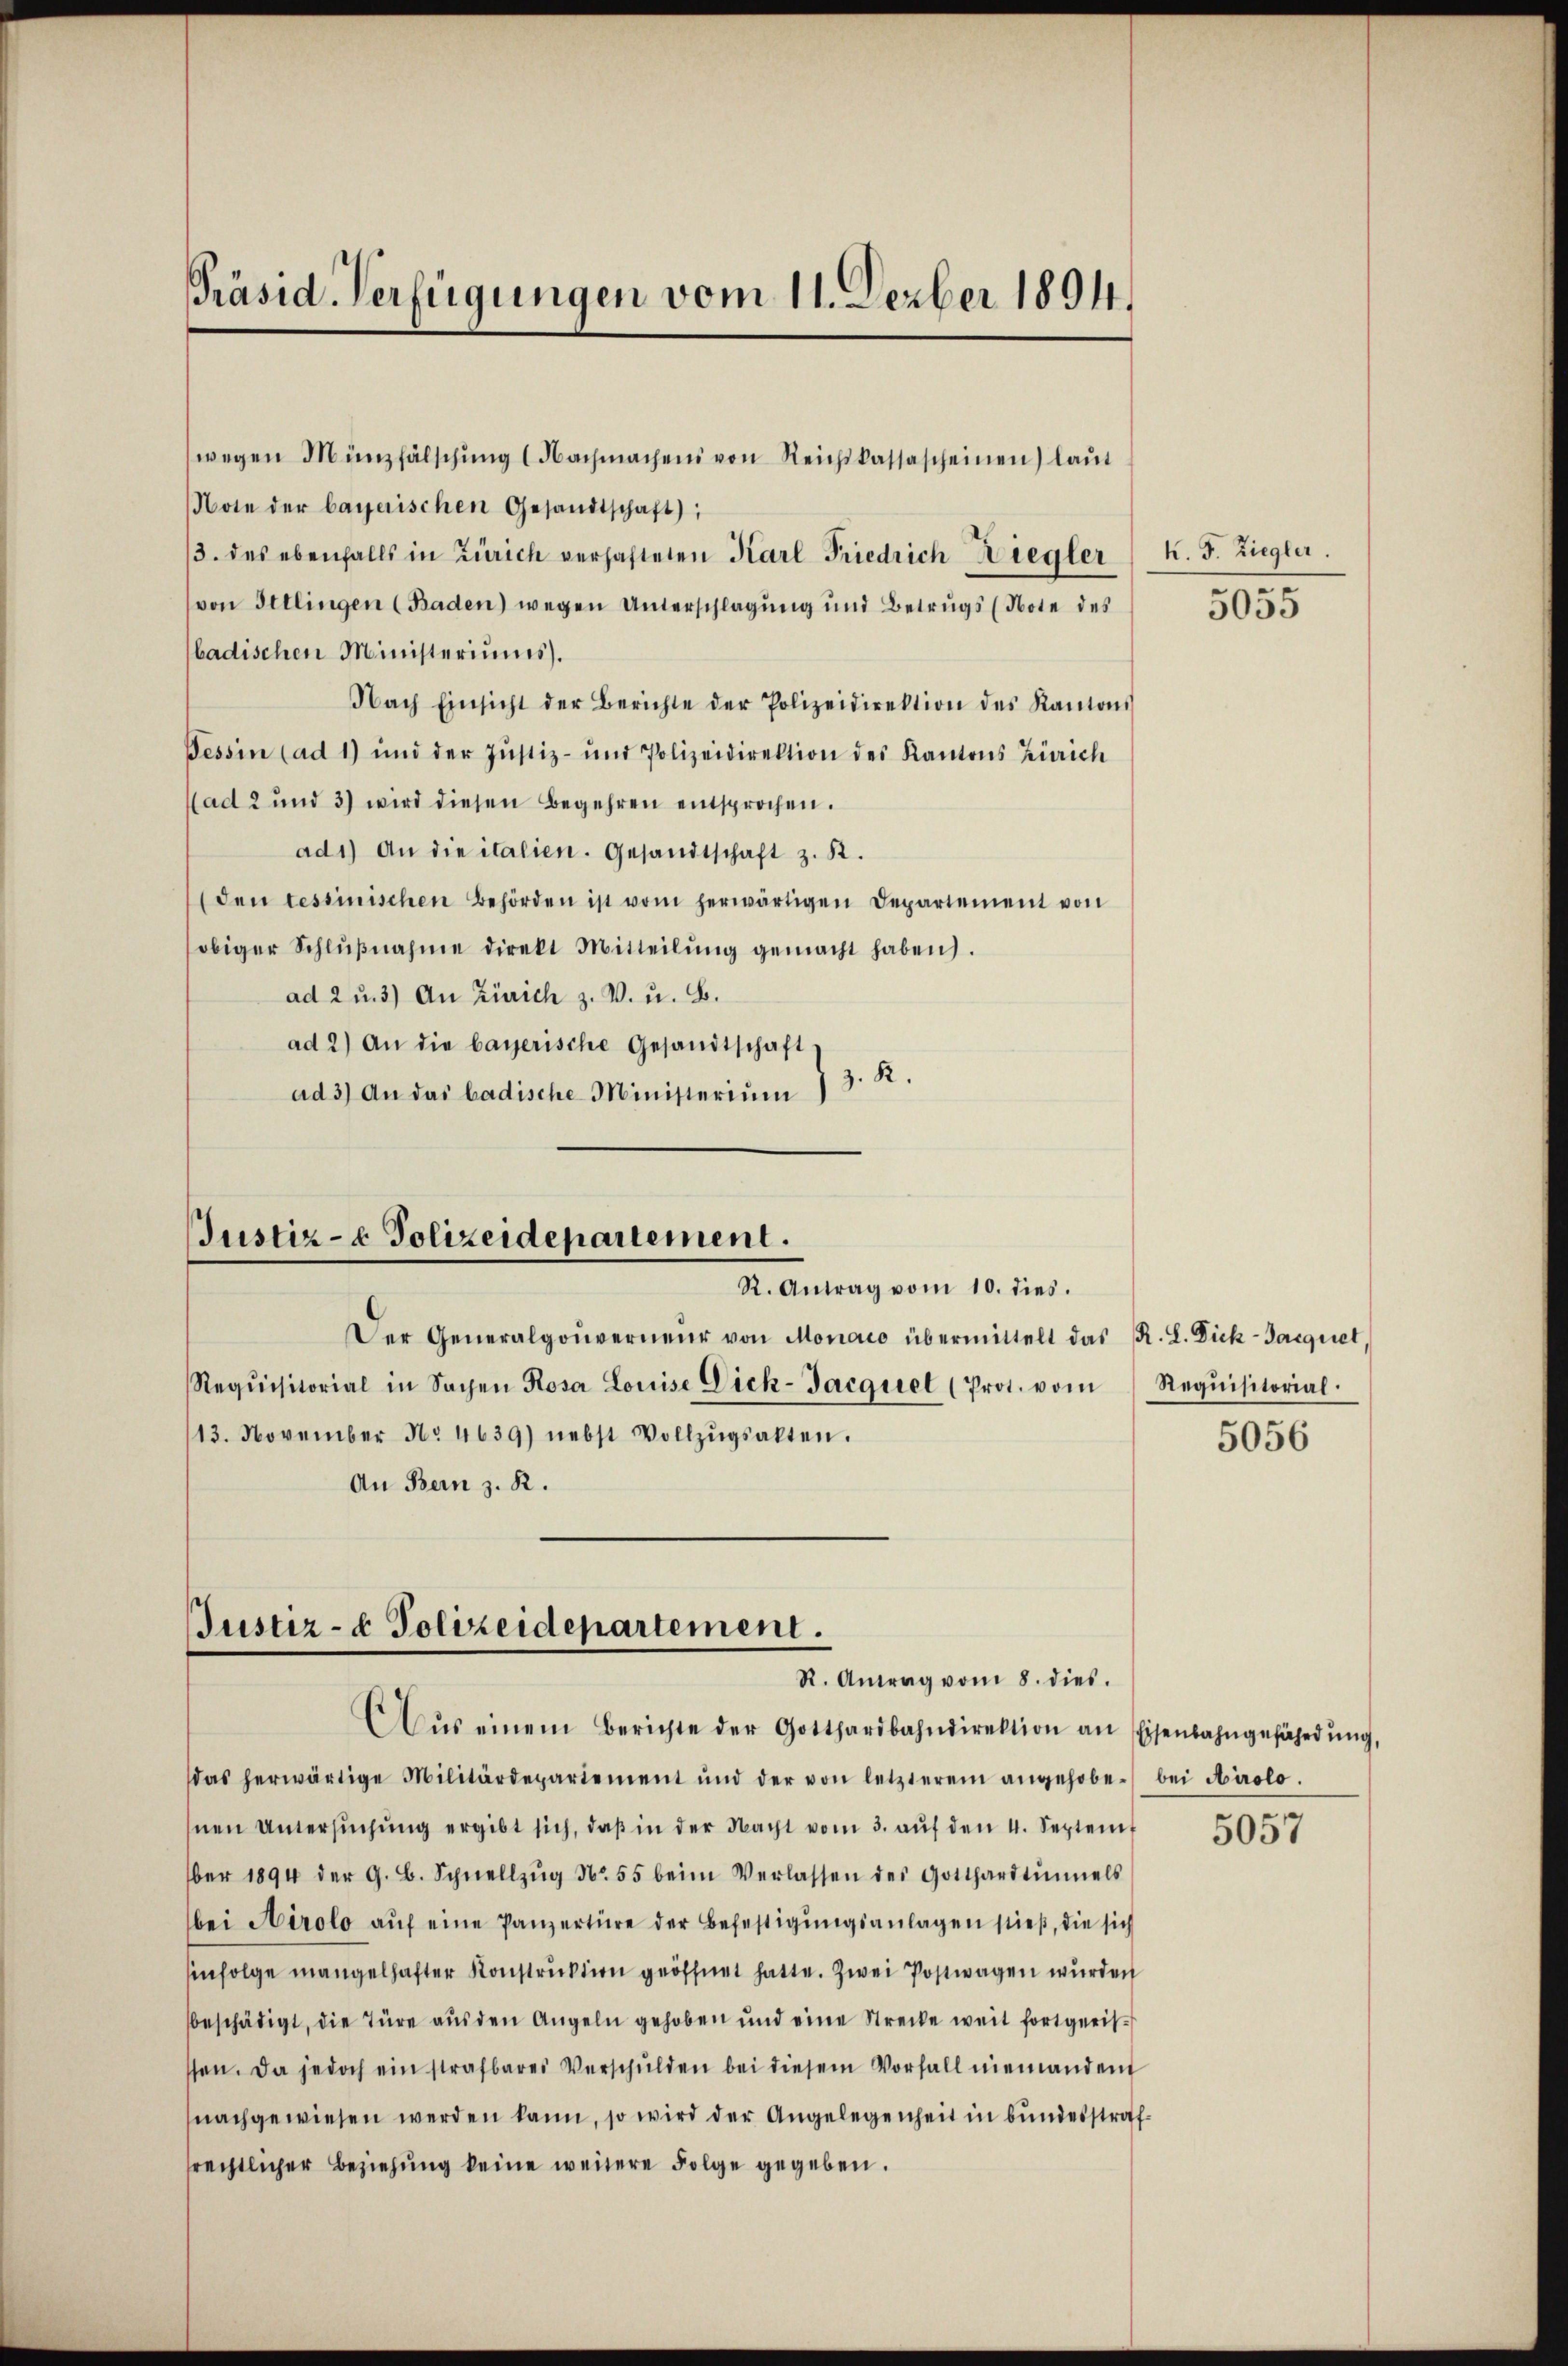
Präsid. Verfügungen vom 11. Dezber 1894.

wegen Münzfälschŭng (Nachmachens von Reichskassascheinen laut
Note der bayerischen Gesandtschaft,
3. des ebenfalls in Zürich verhafteten Karl Friedrich Ziegler
von Ittlingen (Baden) wegen Unterschlagung und Betrugs (Note des
badischen Ministeriums.
Nach Einsicht der Berichte der Polizeidirektion des Kantons
Tessin (ad 1) und der Justiz- und Polizeidirektion des Kantons Zürich
ad 2 und 3) wird diesen Begehren entsprochen.
ad1) An die italien. Gesandtschaft z. K.
den tessinischen Behörden ist vom herwärtigen Departement von
obiger Schlŭβnahme direkt Mitteilŭng gemacht haben.
ad 2 u. 3) An Zürich z. V. u. B.
ad 2) An die bayerische Gesandtschaft
ad 3) An das badische Ministerium 1 3. K.

Justiz- & Polizeidepartement.
R. Antrag vom 10. dies.

Der Generalgouverneuer von Monato übermittelt das R. L. Diek-Jacquiet,
Requisitorial in Sachen Rosa Louise Dick-Jacquel (Prot. vom
13. November No. 4639) nebst Vollzŭgsalten.
An Bern z. R.

Justiz- & Polizeidepartement.
R. Antrag vom 8. dies.

Aŭs einem Berichte der Gotthardbahndirektion an Eisenbahngefährdŭng,
das herwärtige Militärdepartement und der von letzterem angehoben bei Airolo.
hnen Untersŭchŭng ergibt sich, daβ in der Nacht vom 3. aŭf den 4. Septem
ber 1894 der G. B. Schnellzŭg No. 55 beim Verlassen des Gotthardtimmels
bei Airolo aŭf eine Panzertüre der Befestigungsanlagen stieß, die sich
Einfolge mangelhafter Konstruktion geöffnet hatte. Zwei Postwagen wurden
beschädigt, die Türe aŭs den Angeln gehoben und eine Strecke weit fortgerisssen. Da jedoch ein strafbares Verschŭlden bei diesem Vorfall niemanden
nachgewiesen werden kann, so wird der Angelegenheit in bundesstrafrechtlicher Beziehung keine weitere Folge gegeben.

K. J. Ziegler.

5055

Requisitorial

5056

5057